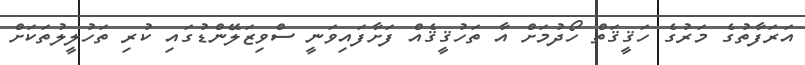
އަރަފާތުގެ މަރުގެ ހަޤީޤަތް ހޯދުމަށް އާ ތަހުޤީޤެއް ފަށާފައިވަނީ ސްވިޒަލޭންޑުގައި ކުރި ތަހުލީލުތަކަށް